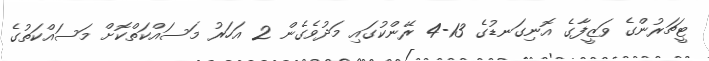
ޓީޗަރުންގެ ވަޒީފާގެ އޮނިގަނޑުގެ 13-4 ރޭންކުގައި މަދުވެގެން 2 އަހަރު މަސައްކަތްކޮށް މަސައްކަތުގެ